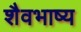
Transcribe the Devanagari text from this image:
शैवभाष्य